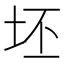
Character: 坯